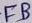
Text: FB